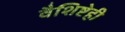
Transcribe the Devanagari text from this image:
वैशिष्टेही